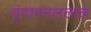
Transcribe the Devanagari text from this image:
वृंदावनललाल